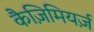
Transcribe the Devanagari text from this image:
कैज़िमियर्ज़